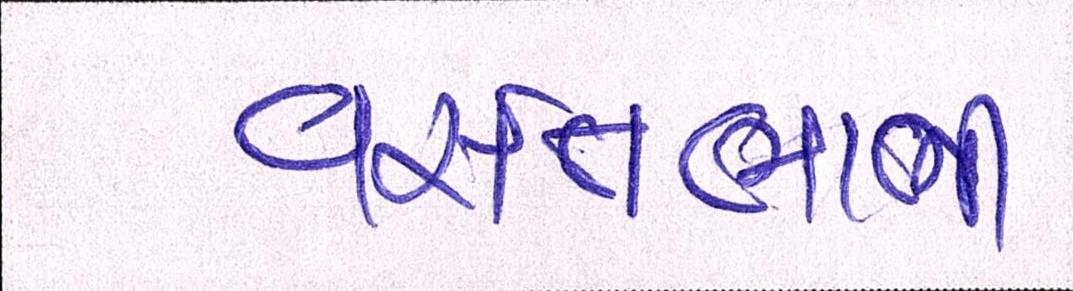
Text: વસંતભાભી